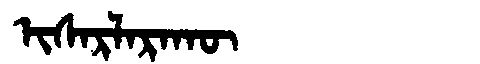
Manchu: ᡳᠰᠠᡵᠯᠠᡵᠠᡴᡡ
Romanization: ISARLARAKŪ